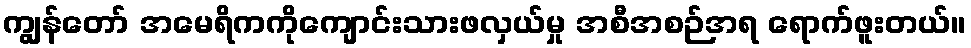
ကျွန်တော် အမေရိကကိုကျောင်းသားဖလှယ်မှု အစီအစဉ်အရ ရောက်ဖူးတယ်။